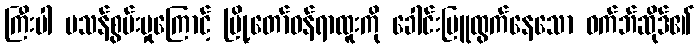
ကြီးပါ မသန်စွမ်းမှုကြောင့် မြို့တော်ဝန်ရာထူးကို ခေါင်းပြူထွက်နေသော ဝက်ဘ်ဆိုဒ်၏